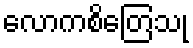
လောကစိတြေသု